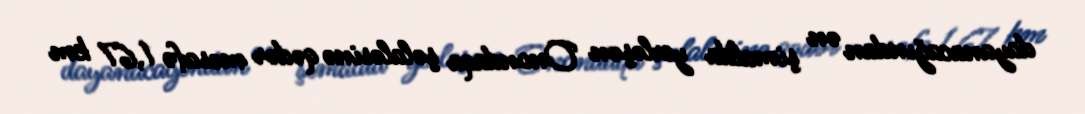
dayanacağından ən şimalda yerləşən Onondaqa şəlaləsinə qədər məsafə 1,67 km